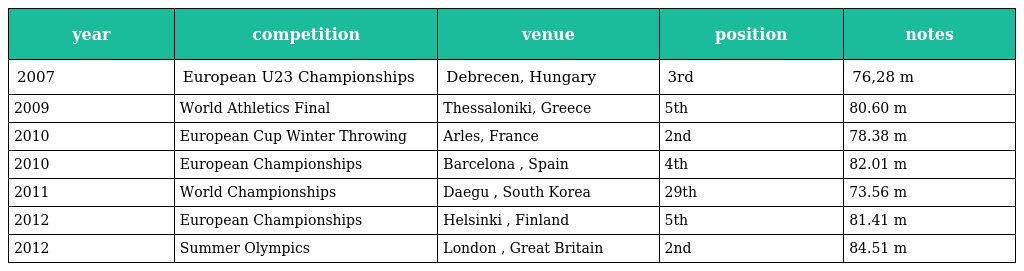
| year | competition | venue | position | notes |
 | --- | --- | --- | --- | --- |
 | 2007 | European U23 Championships | Debrecen, Hungary | 3rd | 76,28 m |
 | 2009 | World Athletics Final | Thessaloniki, Greece | 5th | 80.60 m |
 | 2010 | European Cup Winter Throwing | Arles, France | 2nd | 78.38 m |
 | 2010 | European Championships | Barcelona , Spain | 4th | 82.01 m |
 | 2011 | World Championships | Daegu , South Korea | 29th | 73.56 m |
 | 2012 | European Championships | Helsinki , Finland | 5th | 81.41 m |
 | 2012 | Summer Olympics | London , Great Britain | 2nd | 84.51 m |